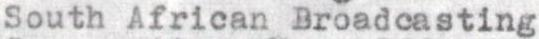
South African Broadcasting